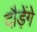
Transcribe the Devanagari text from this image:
दौड़ेंगे